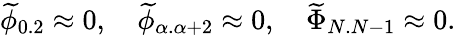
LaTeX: {\widetilde\phi}_{0.2}\approx 0,\quad{\widetilde\phi}_{\alpha.\alpha+2}\approx 0,\quad{\widetilde\Phi}_{N.N-1}\approx 0.